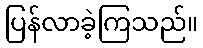
ပြန်လာခဲ့ကြသည်။